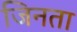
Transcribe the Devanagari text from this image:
जिनता